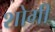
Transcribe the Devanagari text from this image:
शोगी